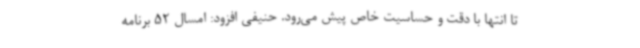
تا انتها با دقت و حساسیت خاص پیش می‌رود. حنیفی افزود: امسال 52 برنامه